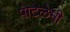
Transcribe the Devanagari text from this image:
पोटेलेमी